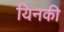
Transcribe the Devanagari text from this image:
यिनकी